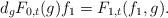
LaTeX: \begin{align*}d_gF_{0,t}(g)f_1&=F_{1,t}(f_1,g).\end{align*}